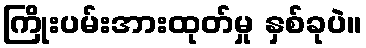
ကြိုးပမ်းအားထုတ်မှု နှစ်ခုပဲ။